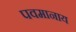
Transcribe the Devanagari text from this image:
पवमानाय